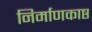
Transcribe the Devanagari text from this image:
निर्माणकाष्ठ